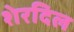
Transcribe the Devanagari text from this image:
शेरदिल